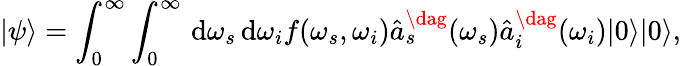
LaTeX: \vert\psi\rangle=\int_{0}^{\infty}\int_{0}^{\infty}\, \mathrm{d}\omega_{s}\, \mathrm{d}\omega_{i}f(\omega_{s},\omega_{i})\hat{a}_{s}^{\dag}(\omega_{s})\hat{a}_{i}^{\dag}(\omega_{i})\vert 0\rangle\vert 0\rangle,